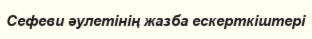
Сефеви әулетінің жазба ескерткіштері